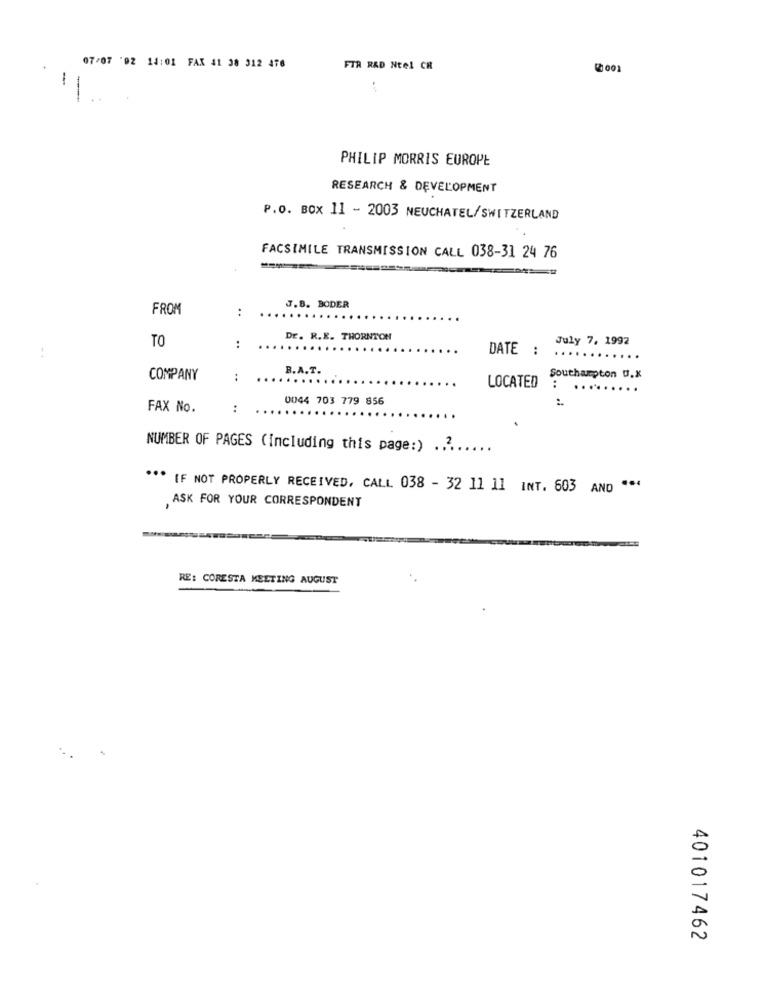
07/07 '02 14:01 FAX 41 38 312 476
FIR RAD Ntel CR
5 001
--
PHILIP MORRIS EUROPE
RESEARCH & DEVELOPMENT
P.o. BOX 11 - 2003 NEUCHATEL/SWITZERLAND
FACSIMILE TRANSMISSION CALL 038-31 24 76
FROM
:
J.B. BODER
TO
DE. R.E. THORNTON
July 7, 1992
:
DATE :
-+
B.A.T.
COMPANY
:
Southampton U.X
LOCATED
:
......
0044 703 779 856
FAX No.
:
.
NUMBER OF PAGES (including this page:) ....
...
IF NOT PROPERLY RECEIVED, CALL 038 - 32 11 11 INT. 603 AND " **
ASK FOR YOUR CORRESPONDENT
RE: CORESTA MEETING AUGUST
401017462